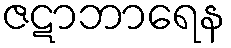
ဇဋာဘာရေန